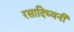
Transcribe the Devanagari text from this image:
रसादिध्वनी